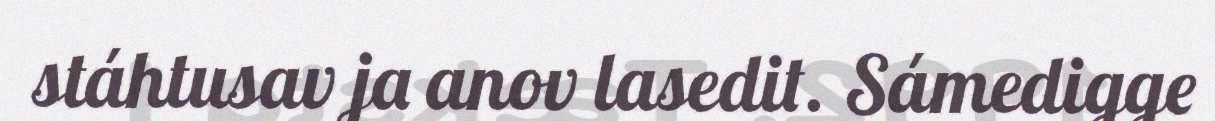
stáhtusav ja anov lasedit. Sámedigge